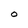
Character: O